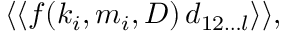
\langle \langle f ( k _ { i } , m _ { i } , D ) \, d _ { 1 2 \ldots l } \rangle \rangle ,